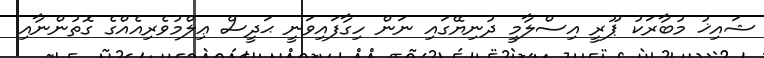
ޝައިޚު މުބާރަކު ޕޫރީ އިސްލާމީ ދުނިޔޭގައި ނަން ހިގާފައިވަނީ ޙަދީސް ޢިލްމުވެރިއެއްގެ ގޮތުންނާއި